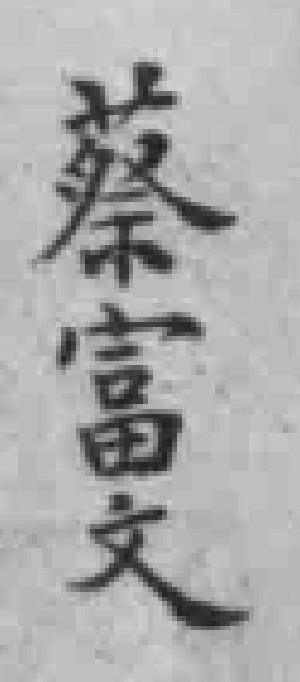
蔡富文